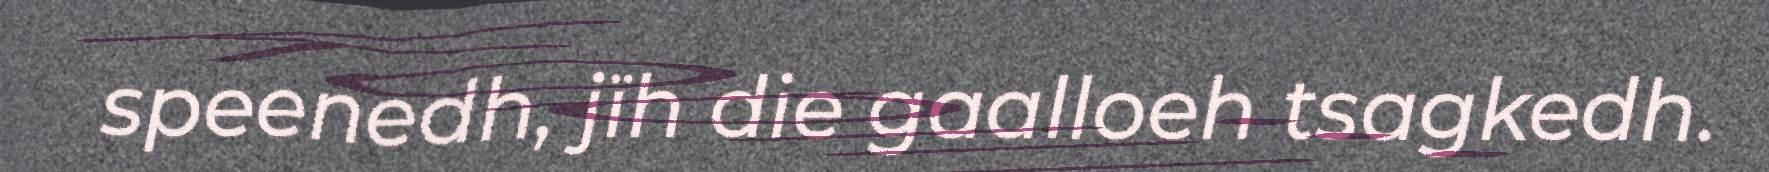
speenedh, jïh die gaalloeh tsagkedh.